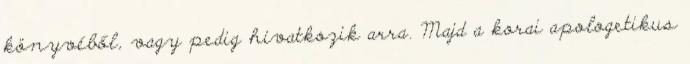
könyvéből, vagy pedig hivatkozik arra. Majd a korai apologetikus